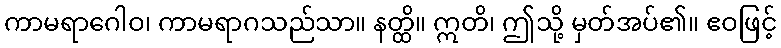
ကာမရာဂေါဝ၊ ကာမရာဂသည်သာ။ နတ္ထိ။ ဣတိ၊ ဤသို့ မှတ်အပ်၏။ ဧဝဖြင့်